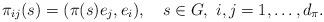
LaTeX: \begin{align*}\pi_{ij}(s)=(\pi(s)e_j, e_i), \ \ \ s\in G, \ i,j = 1,\dots,d_{\pi}. \end{align*}